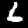
Label: 6